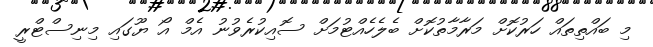
މި ބައްތިތައް ހަރުކޮށް މަރާމާތުކޮށް ބެލެހެއްޓުމަށް ސޮއިކުރެވުނު އެމް އޯ ޔޫގައި މިނިސްޓްރީ